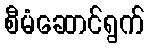
စီမံဆောင်ရွက်